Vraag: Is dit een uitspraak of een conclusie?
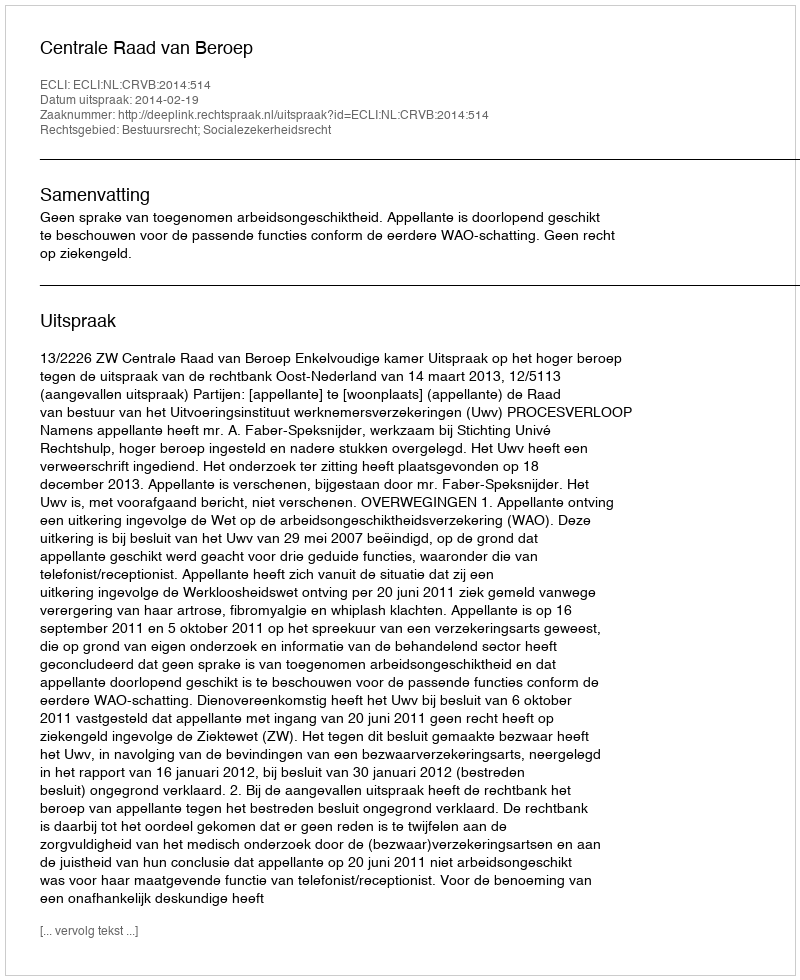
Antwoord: Uitspraak